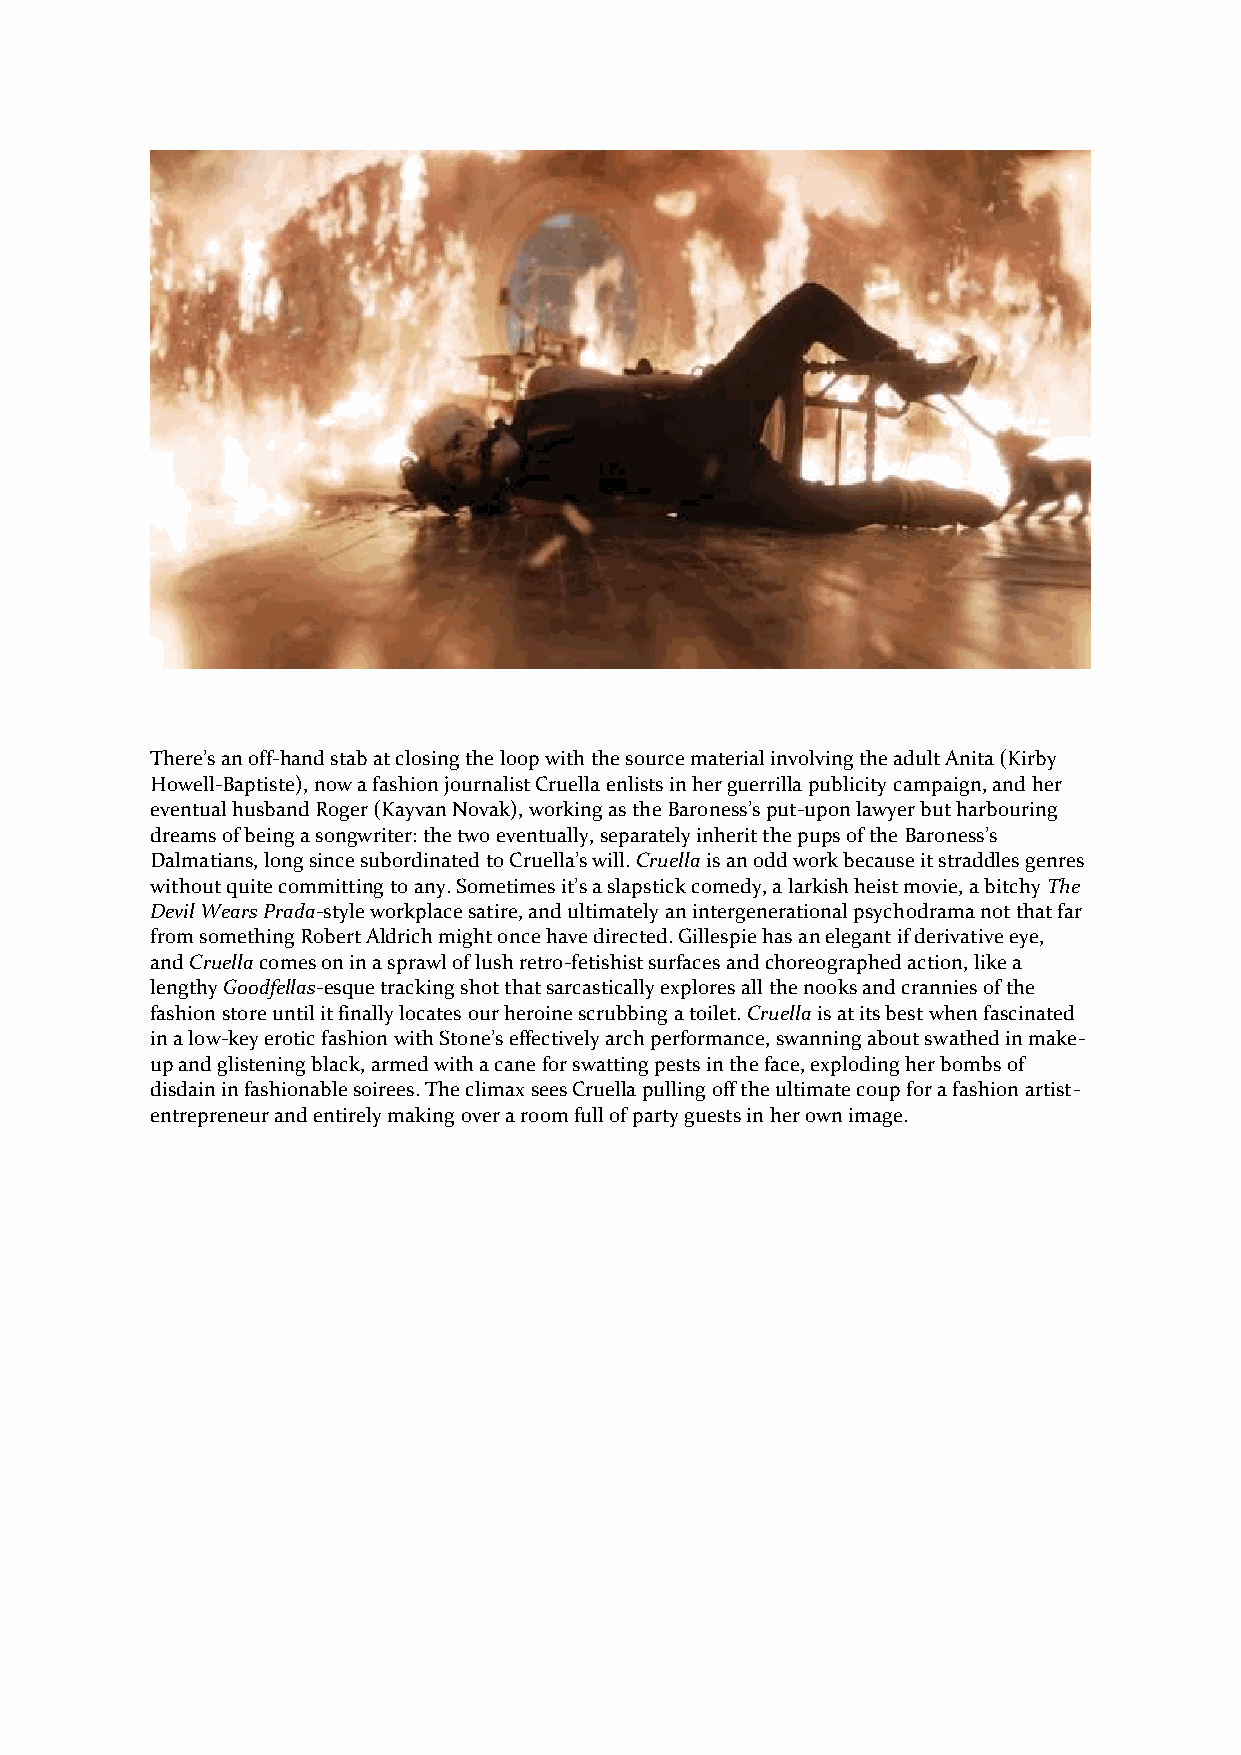
There’s an off-hand stab at closing the loop with the source material involving the adult Anita (Kirby
 Howell-Baptiste), now a fashion journalist Cruella enlists in her guerrilla publicity campaign, and her
 eventual husband Roger (Kayvan Novak), working as the Baroness’s put-upon lawyer but harbouring
 dreams of being a songwriter: the two eventually, separately inherit the pups of the Baroness’s
 Dalmatians, long since subordinated to Cruella’s will. Cruella is an odd work because it straddles genres
 without quite committing to any. Sometimes it’s a slapstick comedy, a larkish heist movie, a bitchy The
 Devil Wears Prada-style workplace satire, and ultimately an intergenerational psychodrama not that far
 from something Robert Aldrich might once have directed. Gillespie has an elegant if derivative eye,
 and Cruella comes on in a sprawl of lush retro-fetishist surfaces and choreographed action, like a
 lengthy Goodfellas-esque tracking shot that sarcastically explores all the nooks and crannies of the
 fashion store until it finally locates our heroine scrubbing a toilet. Cruella is at its best when fascinated
 in a low-key erotic fashion with Stone’s effectively arch performance, swanning about swathed in make-
 up and glistening black, armed with a cane for swatting pests in the face, exploding her bombs of
 disdain in fashionable soirees. The climax sees Cruella pulling off the ultimate coup for a fashion artist-
 entrepreneur and entirely making over a room full of party guests in her own image.